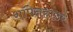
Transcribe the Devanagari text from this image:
शॉपेनहाउर